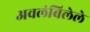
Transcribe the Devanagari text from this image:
अवलंबिलेले